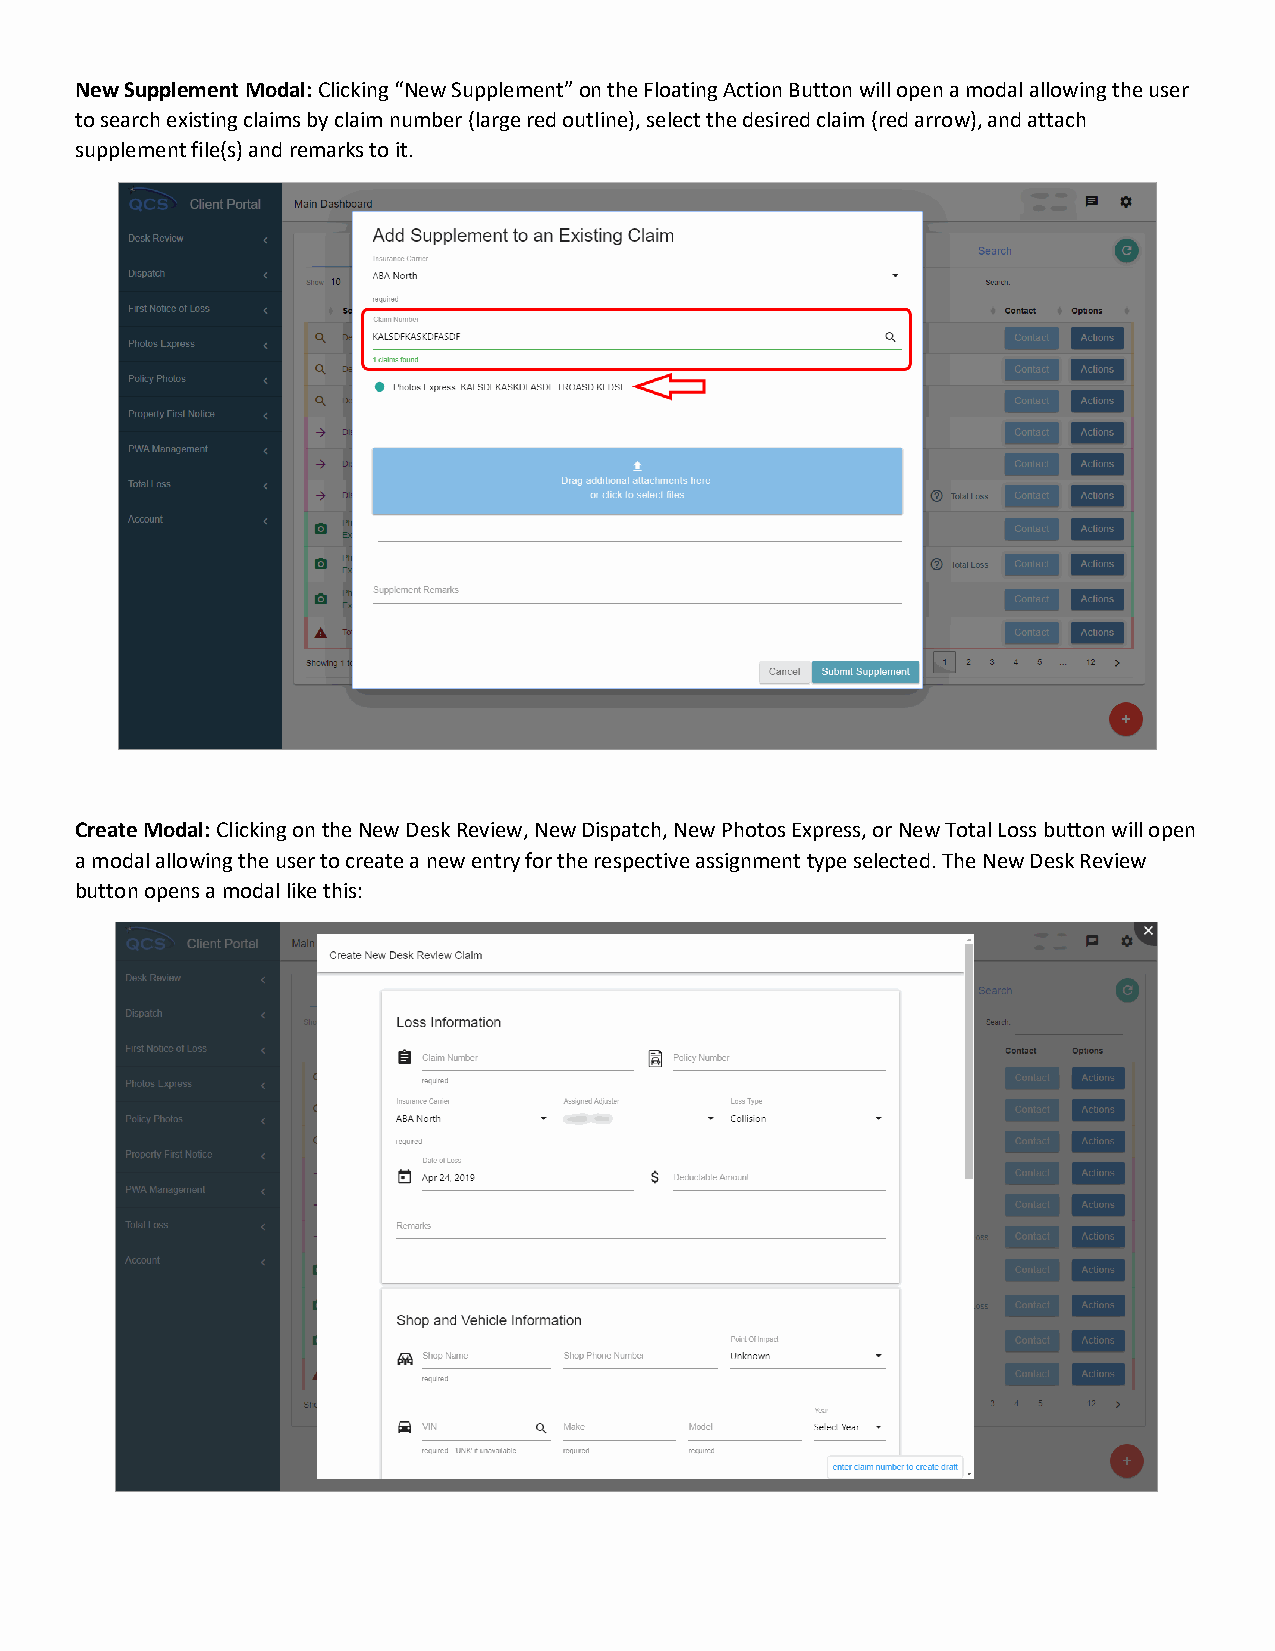
New Supplement Modal: Clicking “New Supplement” on the Floating Action Button will open a modal allowing the user
 to search existing claims by claim number (large red outline), select the desired claim (red arrow), and attach
 supplement file(s) and remarks to it.
 Create Modal: Clicking on the New Desk Review, New Dispatch, New Photos Express, or New Total Loss button will open
 a modal allowing the user to create a new entry for the respective assignment type selected. The New Desk Review
 button opens a modal like this: